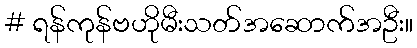
# ရန်ကုန်ဗဟိုမီးသတ်အဆောက်အဦး။